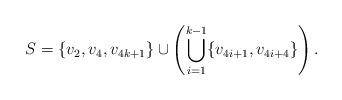
LaTeX: \begin{align*}S = \{v_2,v_4,v_{4k+1}\} \cup \left( \bigcup_{i=1}^{k-1} \{v_{4i+1},v_{4i+4}\} \right).\end{align*}